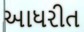
આધરીત